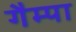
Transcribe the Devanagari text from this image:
गैम्पा